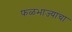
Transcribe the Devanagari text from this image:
फळभाज्यांचा